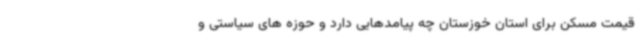
قیمت مسکن برای استان خوزستان چه پیامدهایی دارد و حوزه های سیاستی و